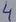
Text: 4